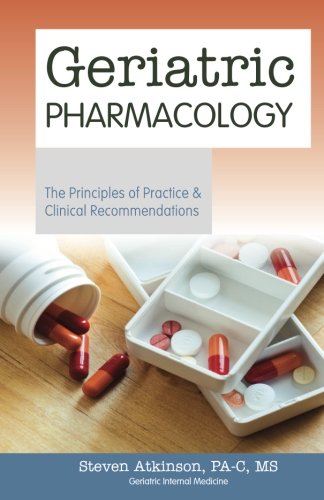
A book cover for Geriatric Pharmacology - The Principles of Practice & Clinical Recommendations; Steven Atkinson; Medical Books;